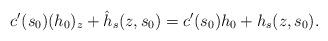
LaTeX: \begin{align*}c'(s_0)(h_0)_z+\hat{h}_s(z, s_0)=c'(s_0)h_0+h_s(z, s_0).\end{align*}